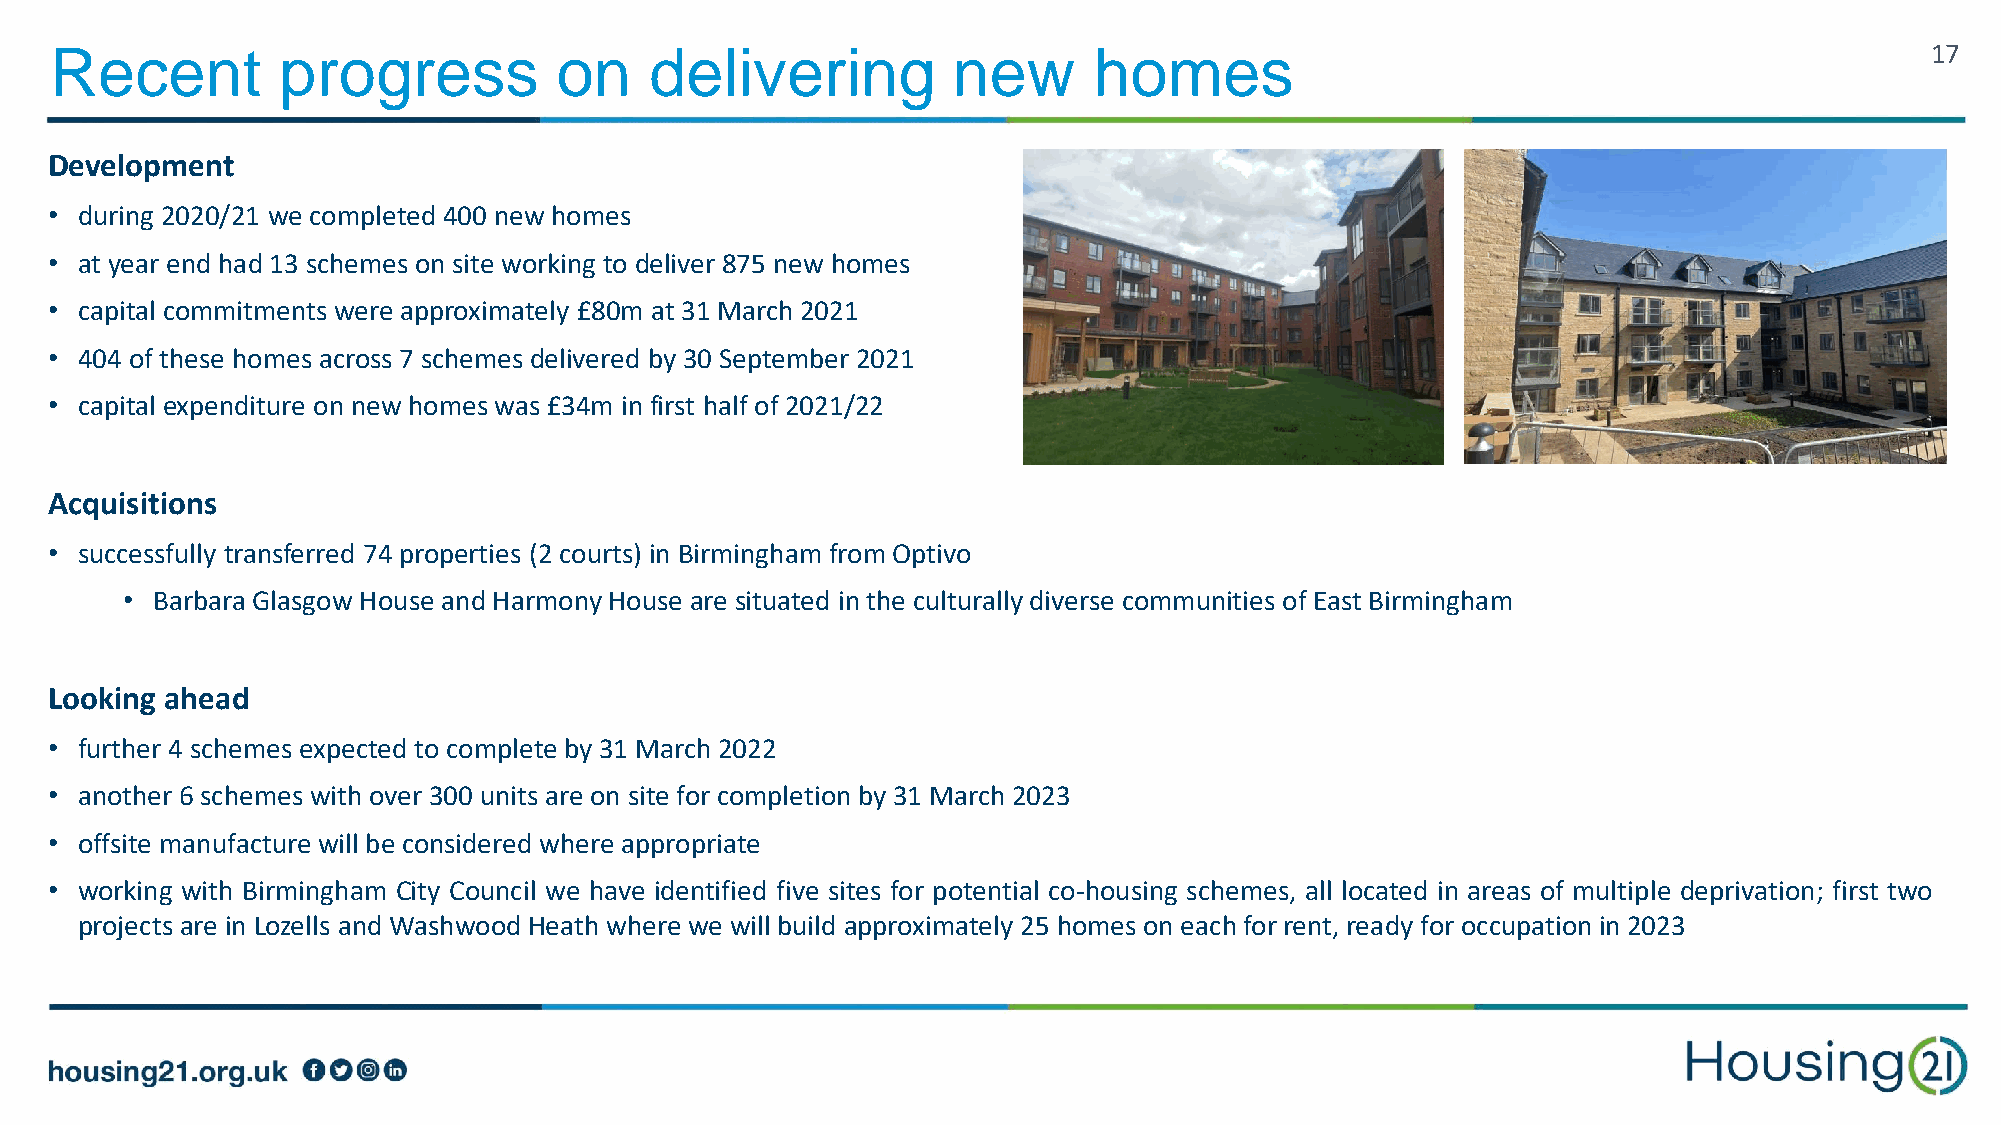
Recent         progress           on    delivering          new      homes                                                   17
 Development
 • during 2020/21 we completed 400 new homes
 • at year end had 13 schemes on site working to deliver 875 new homes
 • capital commitments were approximately £80m at 31 March 2021
 • 404 of these homes across 7 schemes delivered by 30 September 2021
 • capital expenditure on new homes was £34m in first half of 2021/22
 Acquisitions
 • successfully transferred 74 properties (2 courts) in Birmingham from Optivo
 • Barbara Glasgow House and Harmony House are situated in the culturally diverse communities of East Birmingham
 Looking ahead
 • further 4 schemes expected to complete by 31 March 2022
 • another 6 schemes with over 300 units are on site for completion by 31 March 2023
 • offsite manufacture will be considered where appropriate
 • working with Birmingham City Council we have identified five sites for potential co-housing schemes, all located in areas of multiple deprivation; first two
 projects are in Lozells and Washwood Heath where we will build approximately 25 homes on each for rent, ready for occupation in 2023